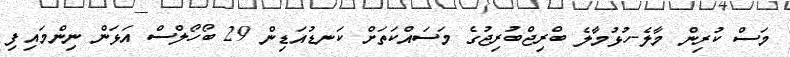
މަސް ކުރިން މާލެ-ހުޅުމާލެ ބްރިޖްބުރިޖުގެ މަސައްކަތަށް ކަނޑުއަޑިން 29 ބޯހޯލްސް އަޅަން ނިންމައިފި